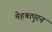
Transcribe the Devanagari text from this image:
मेहथ्वपुरन